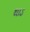
થાડ